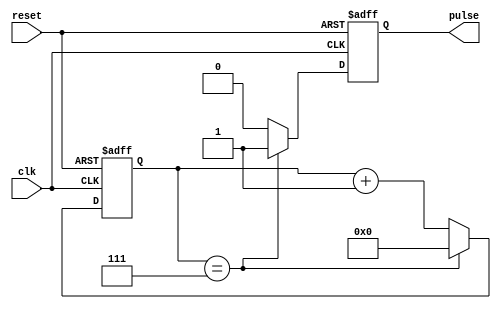
module synchronous_pulse_generator (
    input wire clk,
    input wire reset,
    output reg pulse
);

reg [7:0] pulse_count;

always @ (posedge clk or posedge reset) begin
    if (reset) begin
        pulse <= 0;
        pulse_count <= 0;
    end else begin
        if (pulse_count == 7) begin
            pulse <= 1;
            pulse_count <= 0;
        end else begin
            pulse <= 0;
            pulse_count <= pulse_count + 1;
        end
    end
end

endmodule